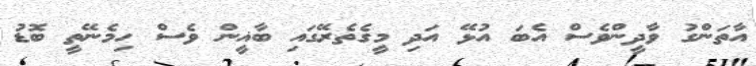
އާތަންގު ވާދީންވެސް އެބަ އުޅޭ އަދި މީގެތެރޭގައި ބާޣީން ވެސް ހިމެނޭތީ ބޮޑު